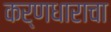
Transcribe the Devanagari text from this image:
कर्णधाराचा